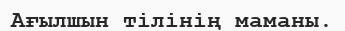
Ағылшын тілінің маманы.